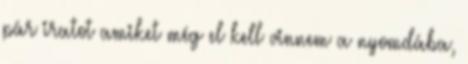
pár iratot amiket még el kell vinnem a nyomdába,